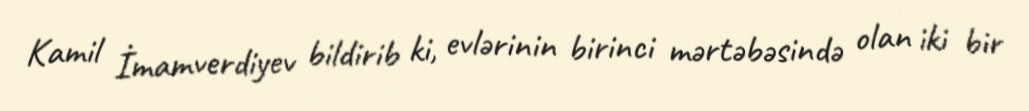
Kamil İmamverdiyev bildirib ki, evlərinin birinci mərtəbəsində olan iki bir